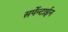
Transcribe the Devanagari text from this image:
सर्पेन्टाईन